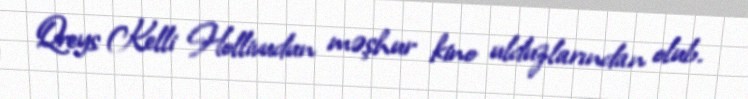
Qreys Kelli Hollivudun məşhur kino ulduzlarından olub.